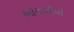
ઓરાઝીયો